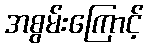
အစွမ်းကြောင့်